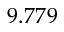
9 . 7 7 9